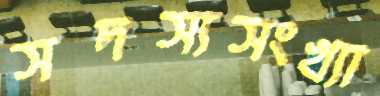
সদস্যসংখ্যা